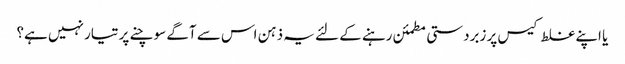
یا اپنے غلط کیس پر زبردستی مطمئن رہنے کے لئے یہ ذہن اس سے آگے سوچنے پر تیار نہیں ہے؟